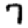
Digit: 7